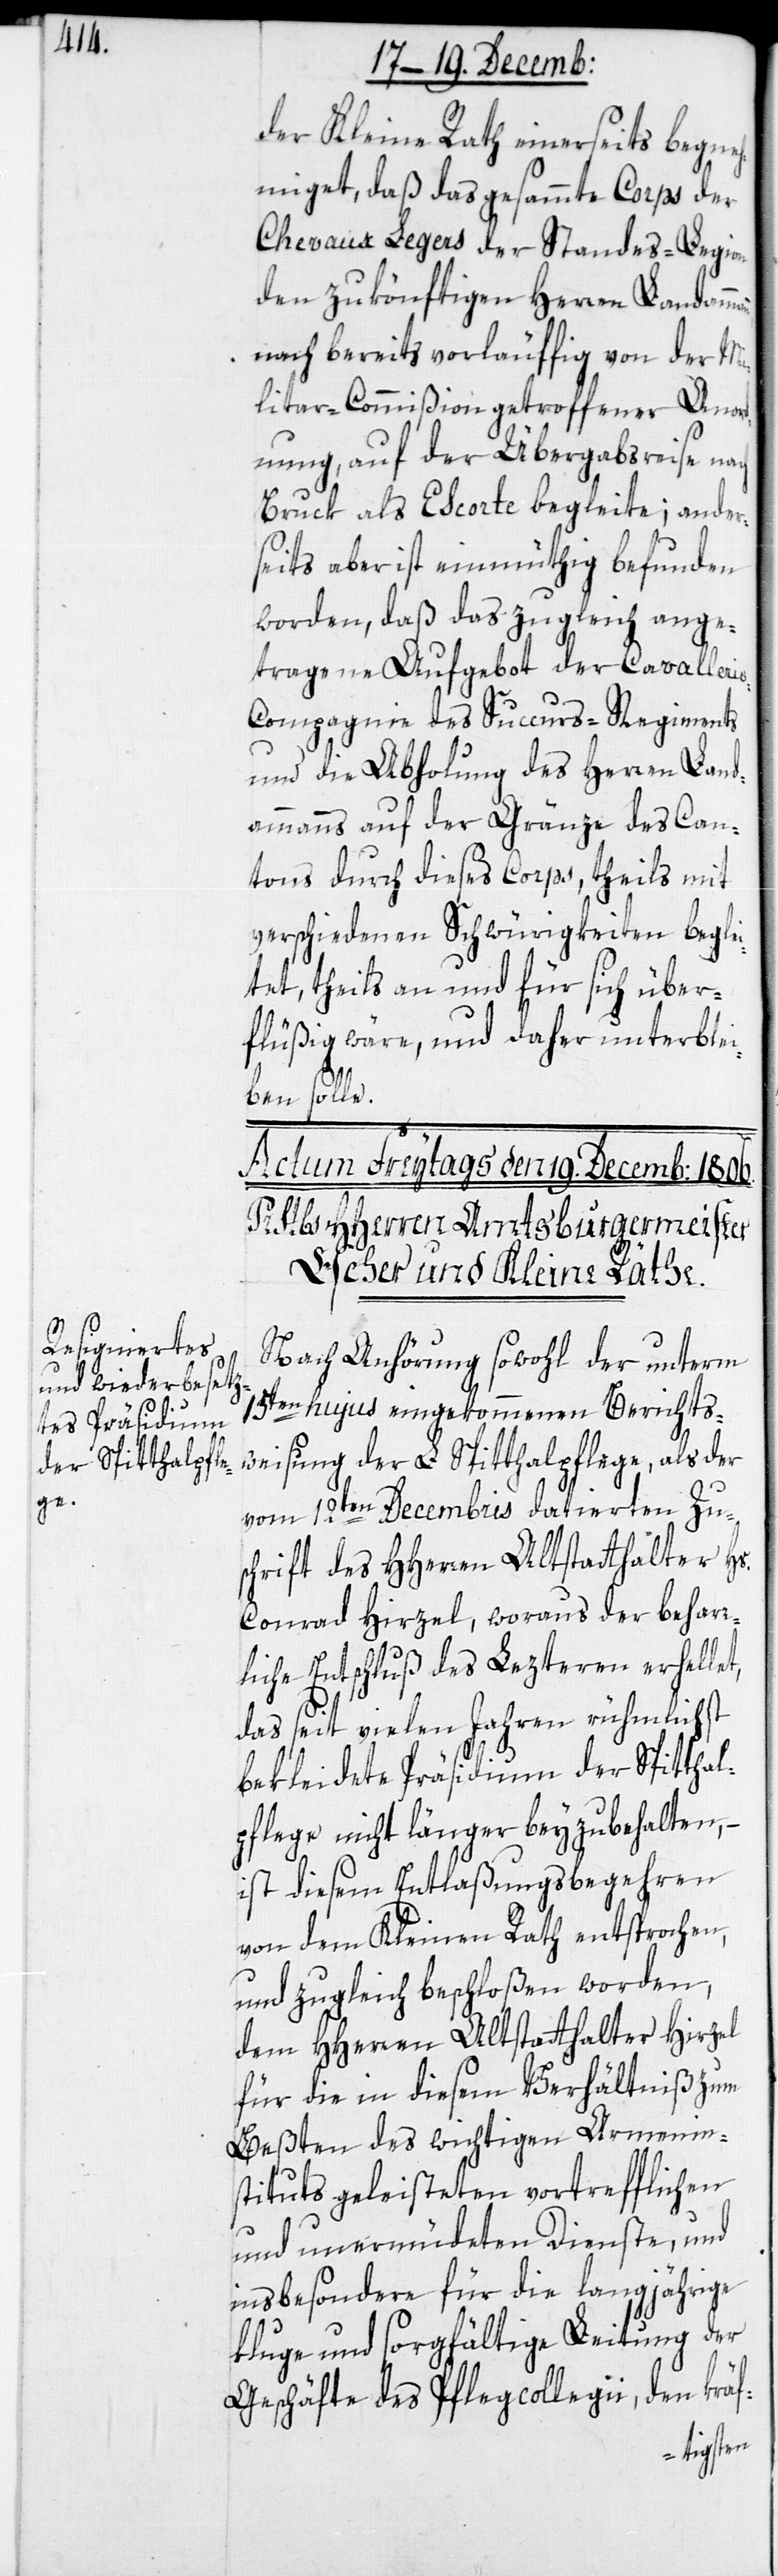
ann,

der Kleine Rath einerseits begneh¬
miget, daß das gesammte Corps der
Chevaux Legers der Standes-Legion
den zukönftigen Herren Landamm¬
nach bereits vorläuffig von der Mi¬
litar-Commißion getroffener Anor¬
dnung, auf der Übergabsreise nach
Bruck als Escorte begleite; ander¬
seits aber ist einmüthig befunden
worden, daß das zugleich ange¬
tragene Aufgebot der Cavalleri¬
e-Compagnie des Succurs-Regiments
und die Abholung des Herren Land¬
ammanns auf der Gränze des Can¬
tons durch dieses Corps, theils mit
verschiedenen Schwürigkeiten beglei¬
tet, theils an und für sich über¬
flüßig wäre, und daher unterblei¬
ben solle.
Nach Anhörung sowohl der unterm
15ten hujus eingekommenen Berichts¬
weisung der L. Spitthalpflege, als der
vom 12ten Decembris datierten Zus¬
chrift des HHerren Altstatthalter Hs.
Conrad Hirzel, woraus der behar¬
liche Entschluß des Lezteren erhellet,
das seit vielen Jahren rühmlichst
bekleidete Präsidium der Spitthal¬
pflege nicht länger beyzubehalten, –
ist diesem Entlaßungsbegehren
von dem Kleinen Rath entsprochen,
und zugleich beschloßen worden,
dem HHerren Altstatthalter Hirzel
für die in diesem Verhältniß zum
Beßten des wichtigen Armenin¬
stituts geleisteten vortrefflichen
und unermüdeten Dienste, und
insbesondere für die langjährige
kluge und sorgfältige Leitung der
Geschäfte des Pflegcollegii, den kräf-